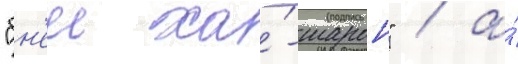
"бн'еи ха́-шарон" / а́